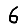
Digit: 6